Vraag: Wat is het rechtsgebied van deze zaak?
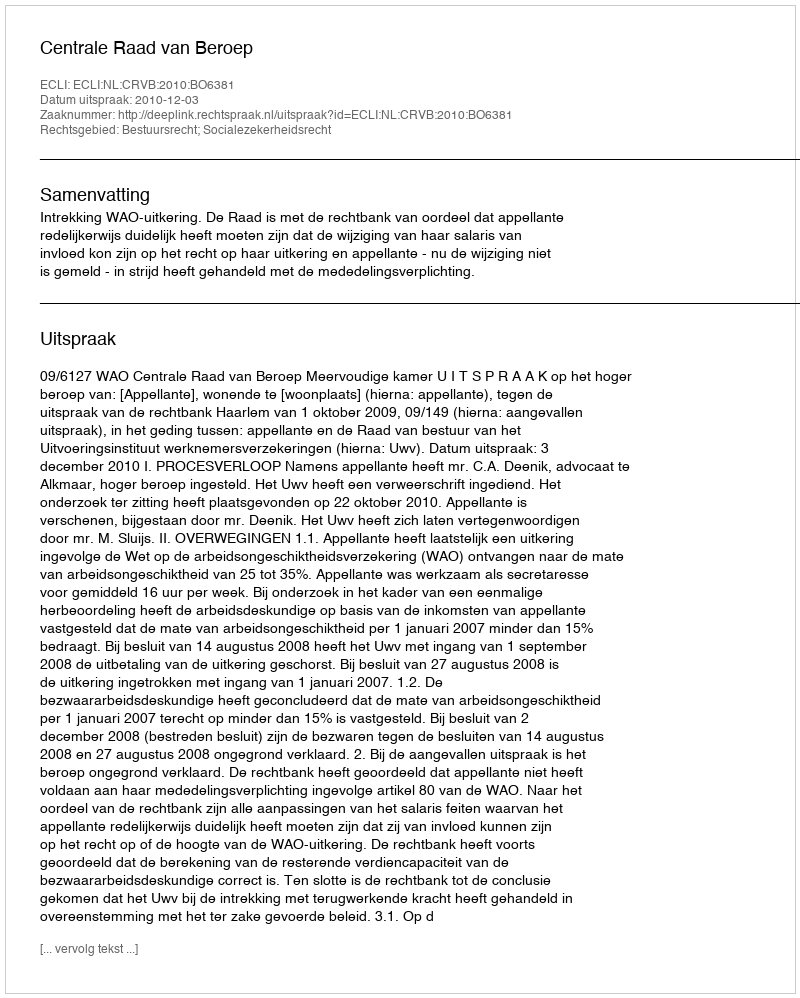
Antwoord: Bestuursrecht; Socialezekerheidsrecht